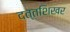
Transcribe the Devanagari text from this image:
दत्तशिखर